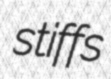
stiffs